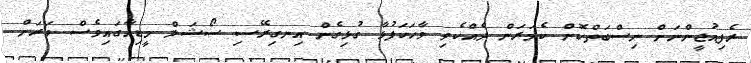
ރެފިއުޖީންނަށް ނިސްބަތްކޮށް ކެމަރަން ދެއްކެވި ވާހަކަފުޅާ ގުޅިގެން އިނގިރޭސި ސޯޝަލް މީޑިއާގައިވެސް ވަރަށް